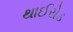
થાઈરોડ